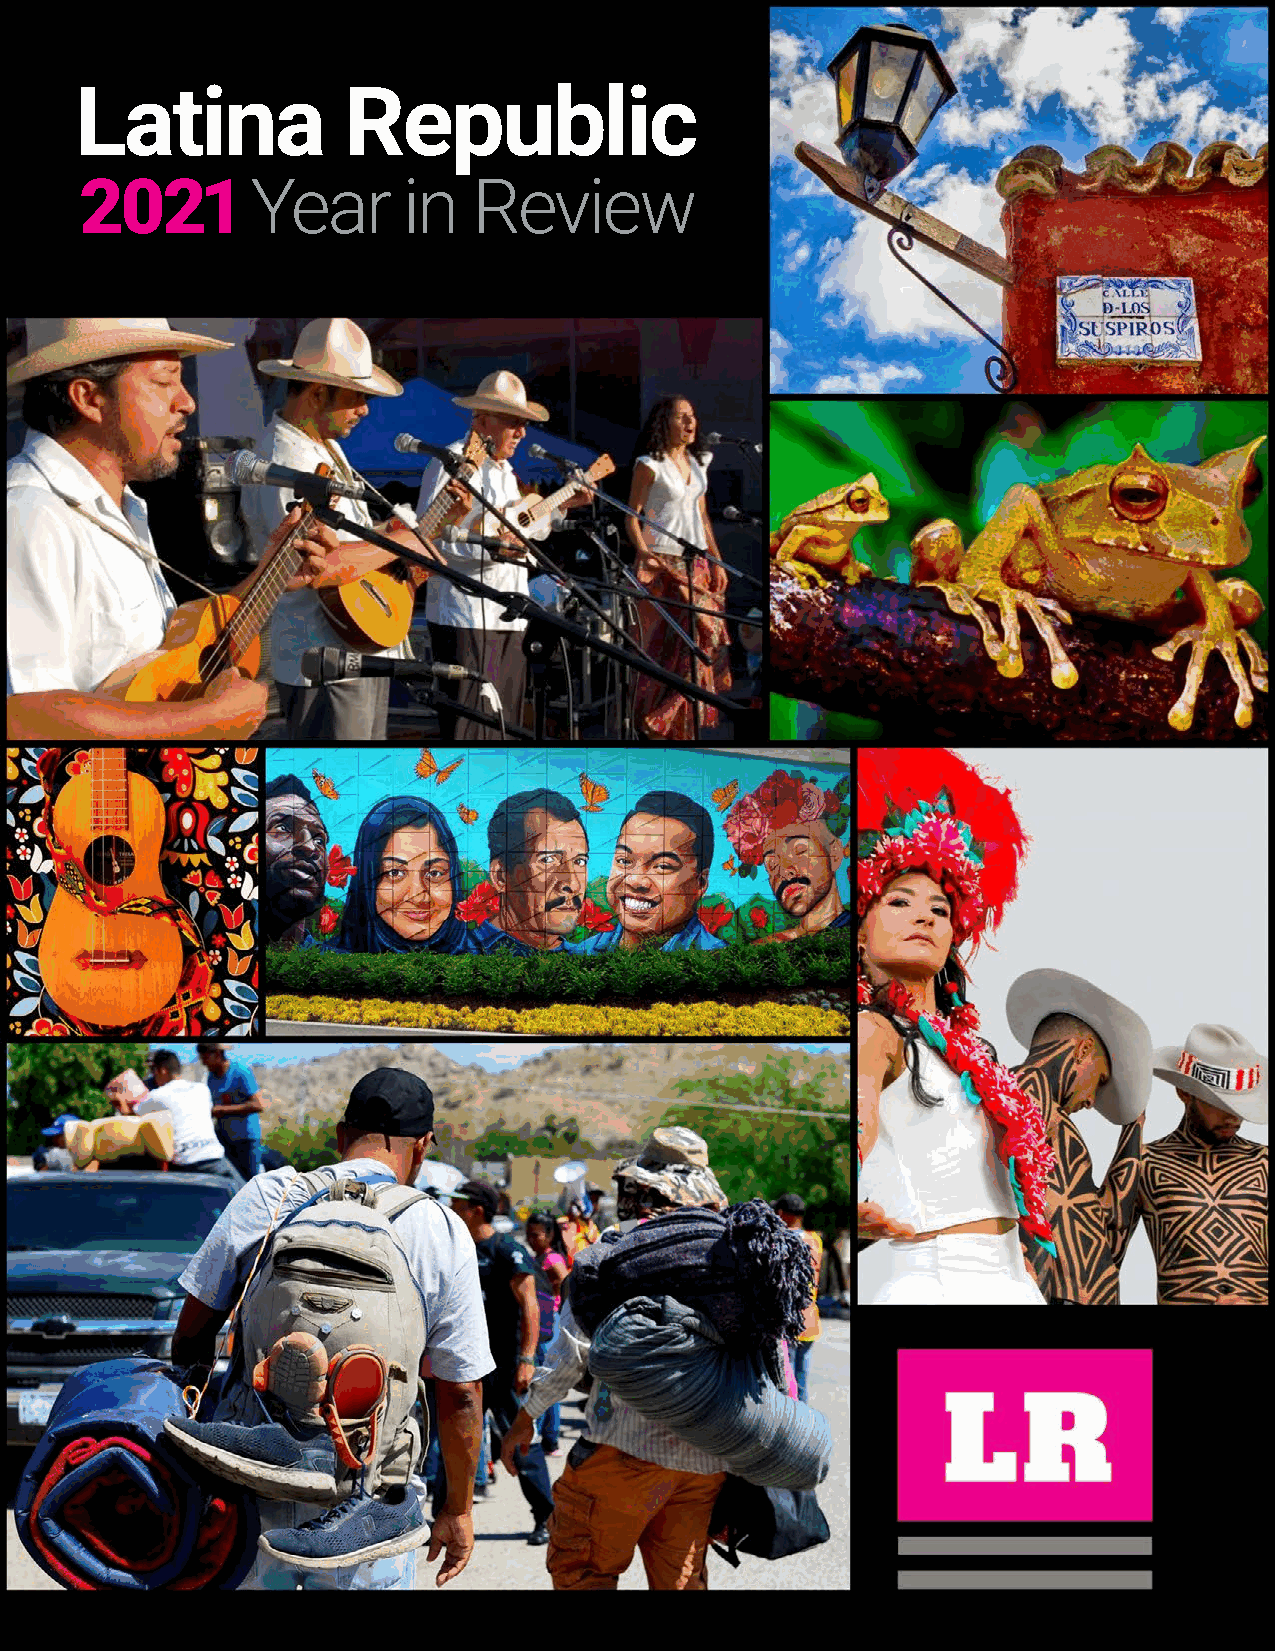
Latina            Republic
 2021        Year      in  Review